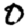
Digit: 0